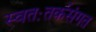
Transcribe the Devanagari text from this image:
स्वतःतर्कसंगत